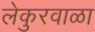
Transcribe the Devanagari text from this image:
लेकुरवाळा